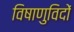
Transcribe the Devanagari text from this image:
विषाणुविदों